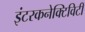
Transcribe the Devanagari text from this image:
इंटरकनेक्टिविटी